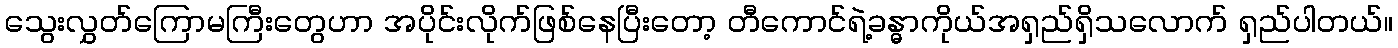
သွေးလွှတ်ကြောမကြီးတွေဟာ အပိုင်းလိုက်ဖြစ်နေပြီးတော့ တီကောင်ရဲ့ခန္ဓာကိုယ်အရှည်ရှိသလောက် ရှည်ပါတယ်။